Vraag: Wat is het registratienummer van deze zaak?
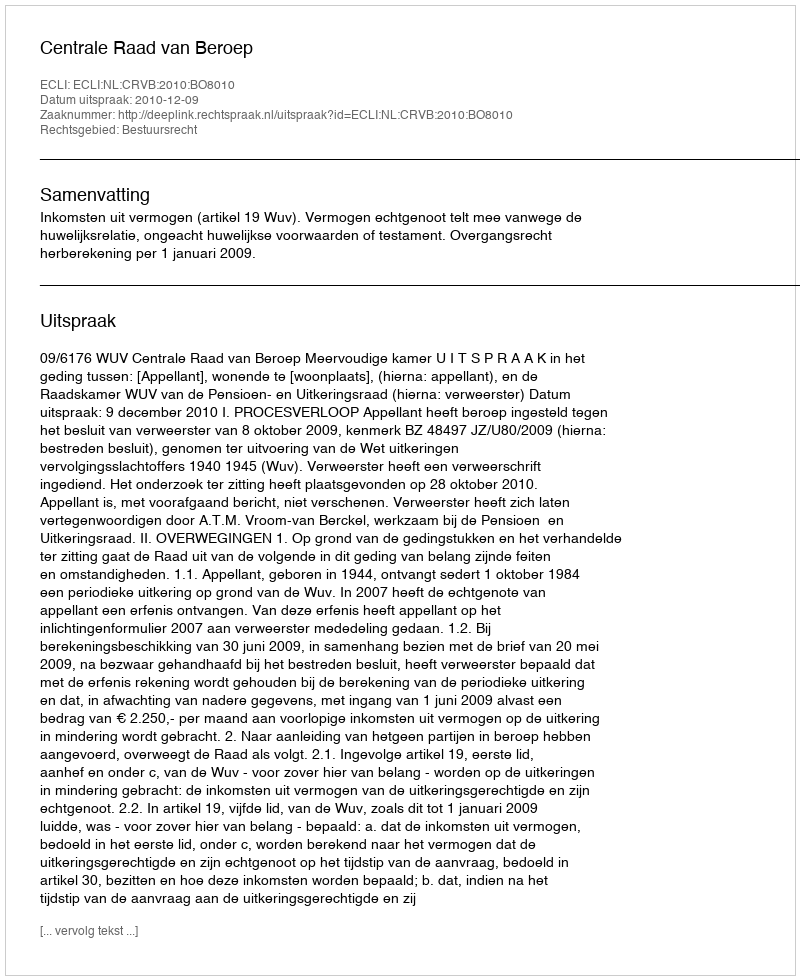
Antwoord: http://deeplink.rechtspraak.nl/uitspraak?id=ECLI:NL:CRVB:2010:BO8010